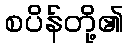
စပိန်တို့၏